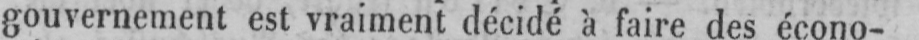
gouvernement est vraiment décidé à faire des écono-